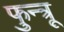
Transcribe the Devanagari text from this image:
फुन्त्रू